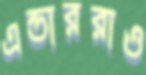
এন্ডাররাও